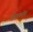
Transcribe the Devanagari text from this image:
शिलकॉक